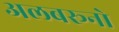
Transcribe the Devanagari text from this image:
अलबरूनो